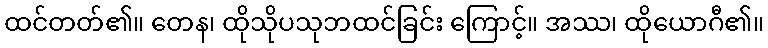
ထင်တတ်၏။ တေန၊ ထိုသိုပသုဘထင်ခြင်း ကြောင့်။ အဿ၊ ထိုယောဂီ၏။